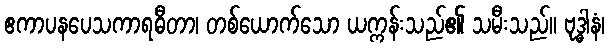
ဧကာပနပေသကာရဓီတာ၊ တစ်ယောက်သော ယက္ကန်းသည်၏ သမီးသည်။ ဗုဒ္ဓါနံ၊